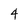
Character: 4